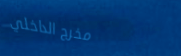
مخرج الداخلي